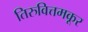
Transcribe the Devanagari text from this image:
तिरुवित्तमकूर